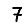
Digit: 7